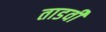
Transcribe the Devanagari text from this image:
ताडवी